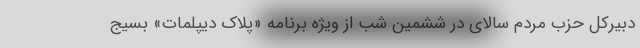
دبیرکل حزب مردم سالای در ششمین شب از ویژه برنامه «پلاک دیپلمات» بسیج